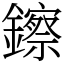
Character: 鑔